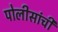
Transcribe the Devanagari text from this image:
पोलीसांची